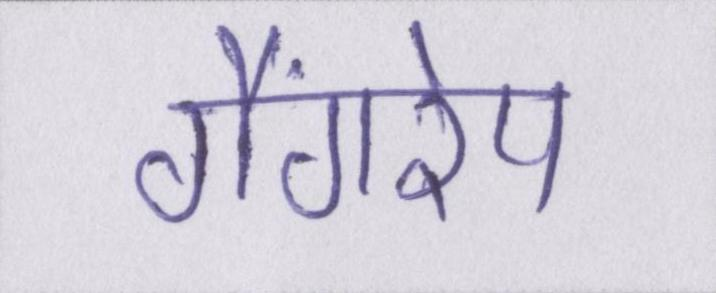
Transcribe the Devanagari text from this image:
गैंगरेप